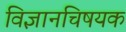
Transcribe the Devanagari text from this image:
विज्ञानचिषयक